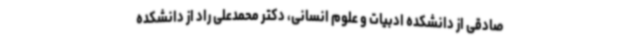
صادقی از دانشکده ادبیات و علوم انسانی، دکتر محمدعلی راد از دانشکده